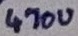
Text: 470u